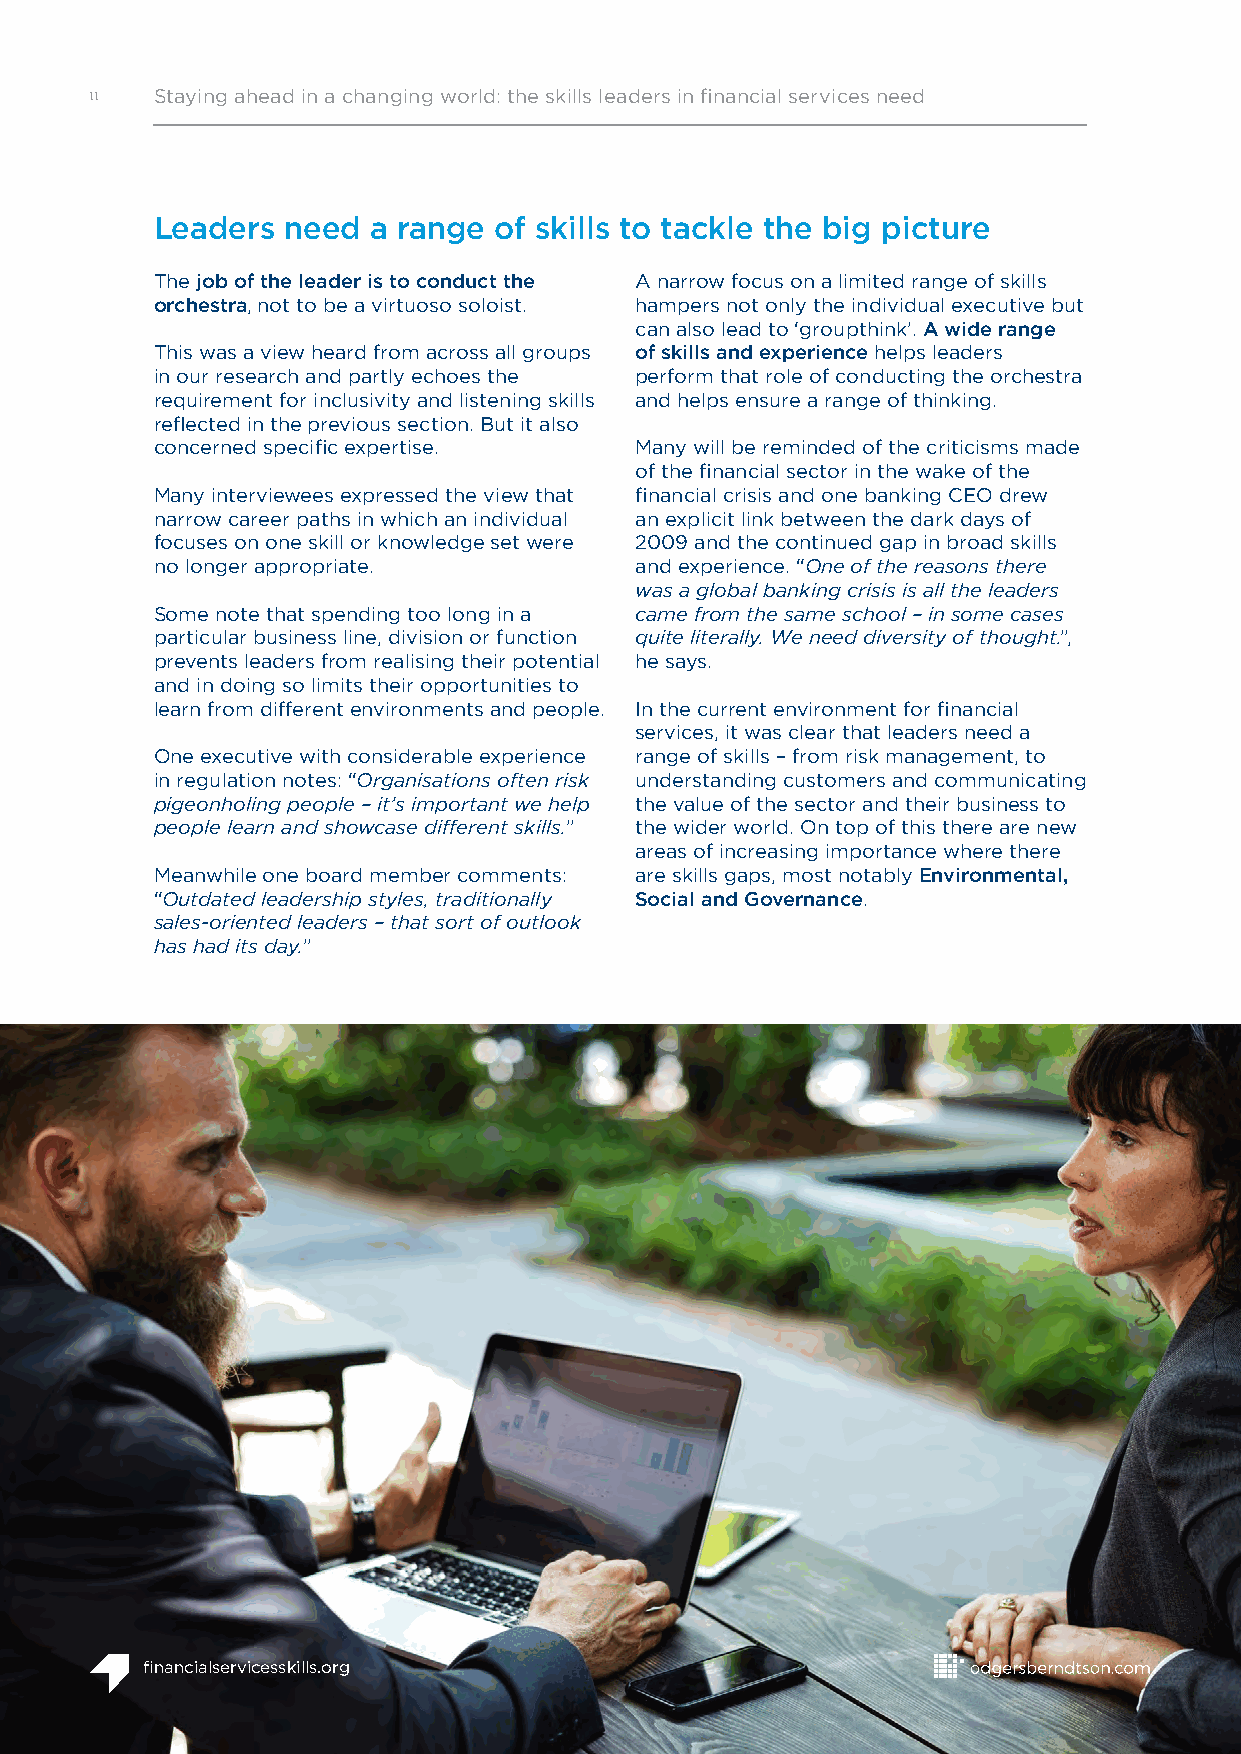
11  Staying ahead in a changing world: the skills leaders in financial services need
 Leaders  need  a range of skills to tackle the big picture
 The job of the leader is to conduct the A narrow focus on a limited range of skills
 orchestra, not to be a virtuoso soloist. hampers not only the individual executive but
 can also lead to ‘groupthink’. A wide range
 This was a view heard from across all groups of skills and experience helps leaders
 in our research and partly echoes the perform that role of conducting the orchestra
 requirement for inclusivity and listening skills and helps ensure a range of thinking.
 reflected in the previous section. But it also
 concerned specific expertise.   Many will be reminded of the criticisms made
 of the financial sector in the wake of the
 Many interviewees expressed the view that financial crisis and one banking CEO drew
 narrow career paths in which an individual an explicit link between the dark days of
 focuses on one skill or knowledge set were 2009 and the continued gap in broad skills
 no longer appropriate.          and experience. “One of the reasons there
 was a global banking crisis is all the leaders
 Some note that spending too long in a came from the same school – in some cases
 particular business line, division or function quite literally. We need diversity of thought.”,
 prevents leaders from realising their potential he says.
 and in doing so limits their opportunities to
 learn from different environments and people. In the current environment for financial
 services, it was clear that leaders need a
 One executive with considerable experience range of skills – from risk management, to
 in regulation notes: “Organisations often risk understanding customers and communicating
 pigeonholing people – it’s important we help the value of the sector and their business to
 people learn and showcase different skills.” the wider world. On top of this there are new
 areas of increasing importance where there
 Meanwhile one board member comments: are skills gaps, most notably Environmental,
 “Outdated leadership styles, traditionally Social and Governance.
 sales-oriented leaders – that sort of outlook
 has had its day.”
 financialservicesskills.org